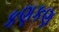
કણકણ